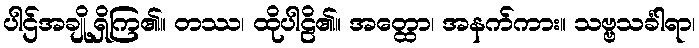
ပါဌ်အချို့ရှိကြ၏။ တဿ၊ ထိုပါဠိ၏။ အတ္ထော၊ အနက်ကား။ သဗ္ဗသင်္ခါရာ၊